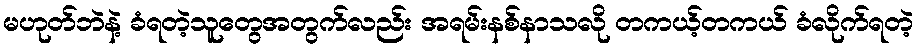
မဟုတ်ဘဲနဲ့ ခံရတဲ့သူတွေအတွက်လည်း အရမ်းနစ်နာသလို တကယ့်တကယ် ခံလိုက်ရတဲ့